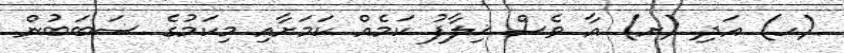
(ހ) އަދި (ށ) އާ ވެސް ޚިލާފު ކަމެއް ކަމަށާއި މިކަމުގެ ސަބަބުން